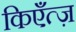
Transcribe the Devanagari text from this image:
किएँत्ज़